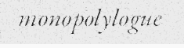
monopolylogue